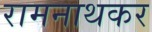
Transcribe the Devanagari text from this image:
रामनाथकर